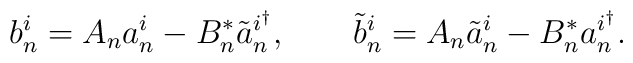
b^i_n = A_n a^i_n - B^*_n \tilde{a}^{i^\dagger}_n, \qquad\tilde{b}^i_n = A_n \tilde{a}^i_n - B^*_n a^{i^\dagger}_n.